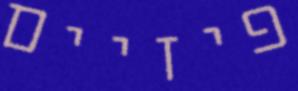
פיזיים